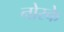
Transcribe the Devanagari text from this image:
नोस्के